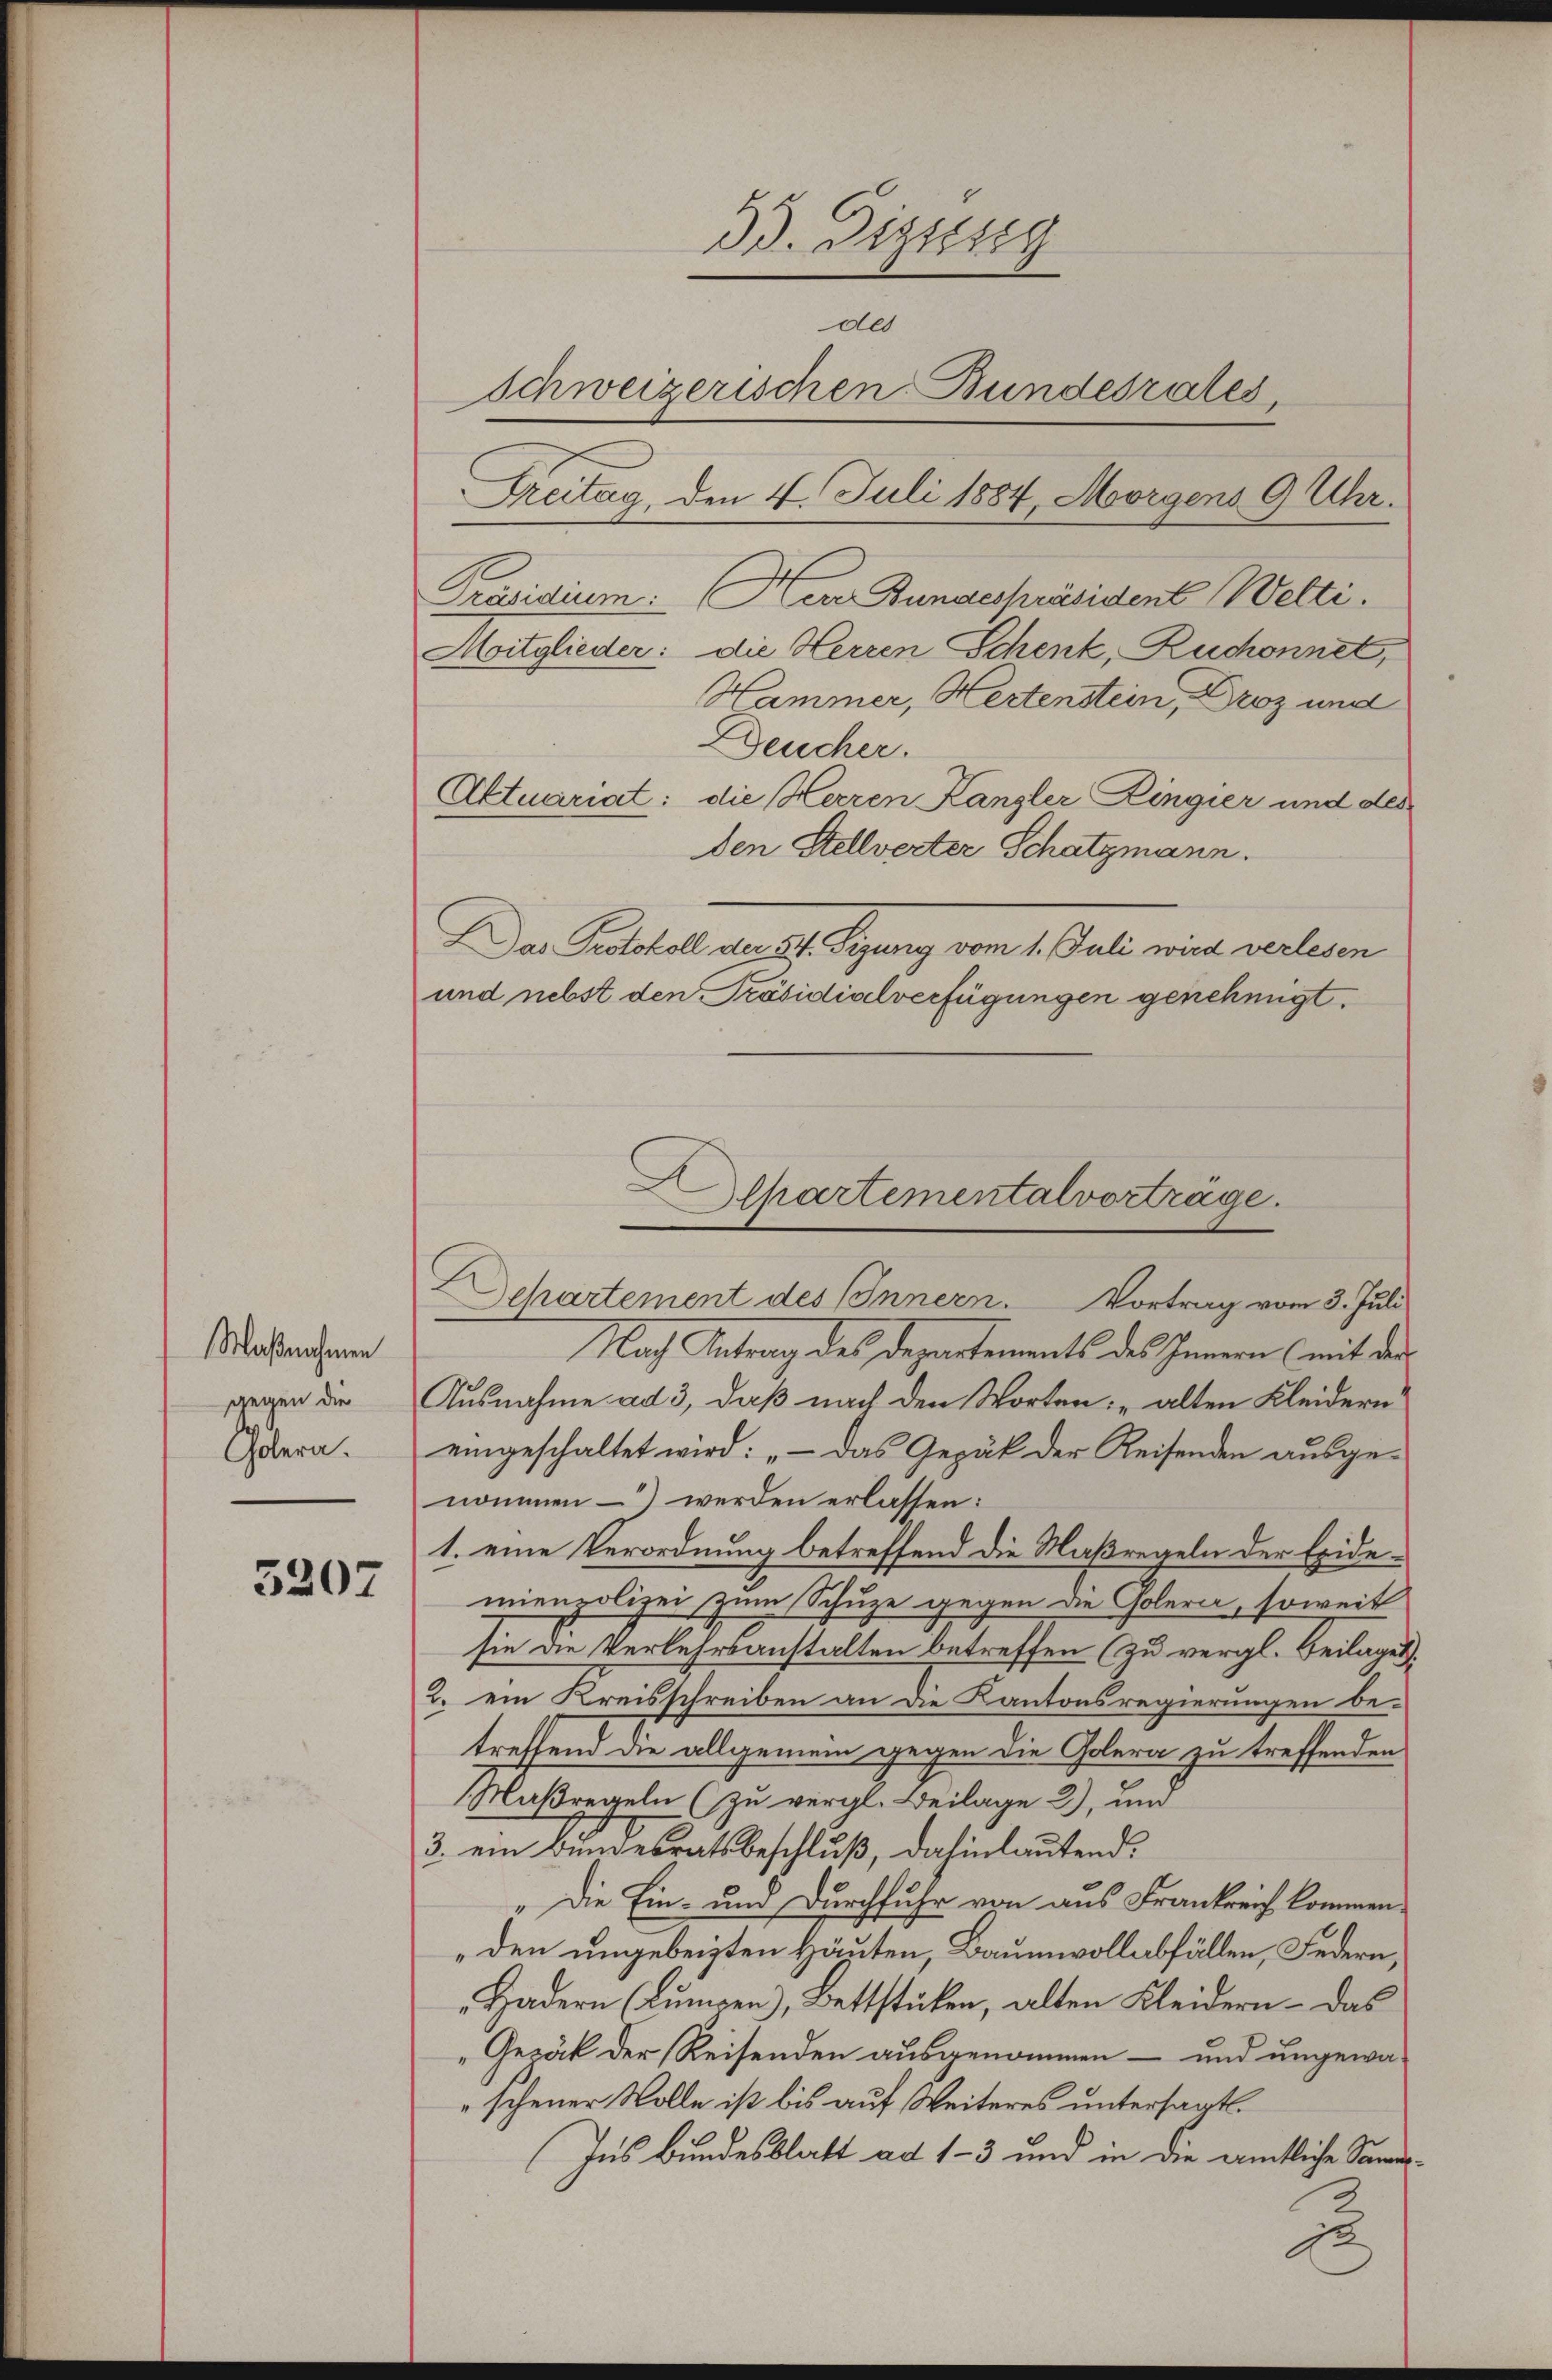
Maßnahmen
gegen die
Cholern.

5207

33. Dizisg
de
Schweizerischen Bundesrates,
Treitag, den 4. Juli 1884, Morgens 9 Uhr.
Moitglieder: die Herren Schenk, Ruchonnet,
Hammer, Hertenstein, Droz und
Deucher.
Aktuariat: die Herren Langler Zingier und des
den Stellverter Schatzmann.
Das Protokoll der 54. Sizung vom 1. Juli wird verlesen
und nebst den Präsidialverfügungen genehmigt.

Nach Antrag des Departements des Innern (mit der
Ausnahme ad 3, daß nach den Worten: „alten Kleidern
eingeschaltet wird: „- das Gepäck der Reisenden ausgenommen – werden erlassen:
1. eine Verordnung betreffend die Maßregeln der Exidemienpolizei zum Schuze gegen die Cholera, soweit
sie die Verkehrsanstalten betreffen zu vergl. Beilages
2. ein Kreisschreiben an die Kantonsregierungen be-
treffend die allgemein gegen die Golera zu treffenden
Maßregeln (zu vergl. Beilage 2), und
3. ein Bundesratsbeschluß, dahinlautend.
" Die Ein- und Durchfuhr von aus Frankreich kommen,
„den ungebeigten Häuten, Baumwollabfällen, Federn,
Hadern (Lungen), Bettstücken, alten Kleidern – das
"Gesäck der Reisenden ausgenommen – und ungewascheuer Wolle ist bis auf Weiteres untersagt.
Ins Bundesblatt ad 1-3 und in die amtliche Sani¬
u

Alpartementalvorträge.
Dchartement des Innern. Vortrag vom 3. Juli

Präsidium: Herr Bundespräsident Welti.